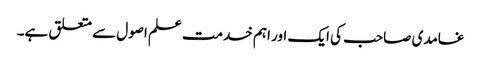
غامدی صاحب کی ایک اور اہم خدمت علم اصول سے متعلق ہے۔